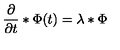
{ \frac { \partial } { \partial t } } * \Phi ( t ) = \lambda * \Phi